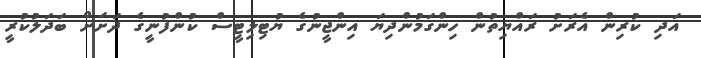
އަދި ކުރިން އެރަށު ރައްޔިތުން ހިންގަމުންދިޔަ އިންޖީނުގެ ޔުޓިލިޓީސް ކުންފުނީގެ ދަށަށް ބަދަލުކުރީ